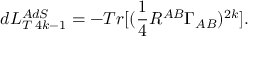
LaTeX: d L _ { T \; 4 k - 1 } ^ { A d S } = - T r [ ( \frac { 1 } { 4 } R ^ { A B } \Gamma _ { A B } ) ^ { 2 k } ] .